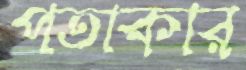
পতাকার